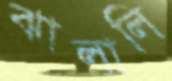
ঝালালি